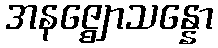
အနဇ္ဈောသန္နော